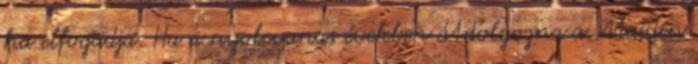
ha elfogadja. Ha a nyolcvanas években átdolgozna a Maiden